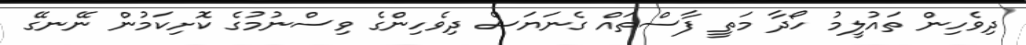
ދިވެހިން ތައުލީމު ހޯދާ މަތީ ފާސްތައް ގެނަޔަސް ދިވެހިންގެ ވިސްނުމުގެ ކޮށިކަމުން ނޭނގޭ